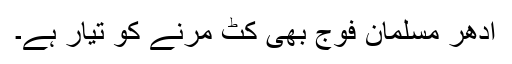
ادھر مسلمان فوج بھی کٹ مرنے کو تیار ہے۔